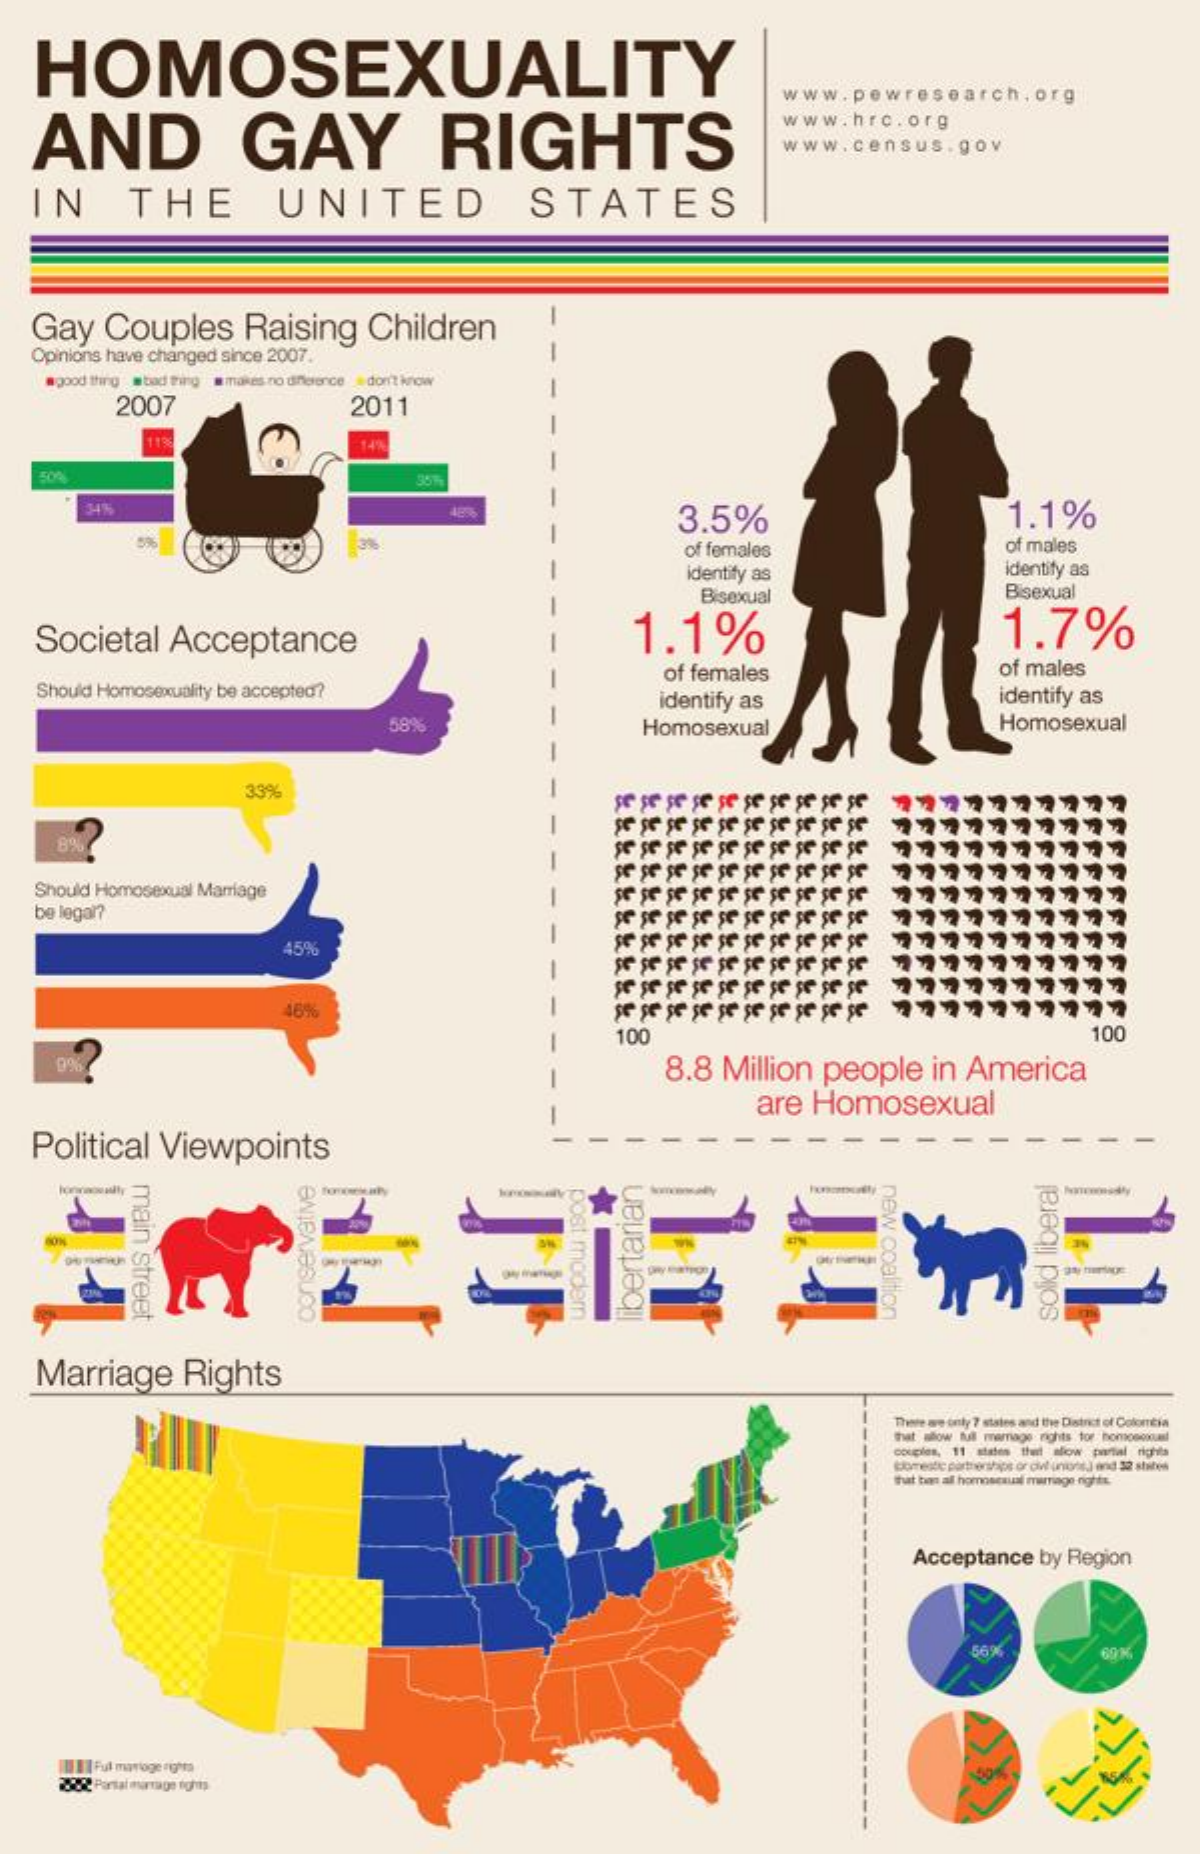
HOMOSEXUALITY
     www.pewresearch.    org
   AND    GAY    RIGHTS
     www.hrc.org
     www.census.gov
   IN    THE    UNITED    STATES
   Gay    Couples    Raising    Children
     -
     -
   Opinions have changed since 2007.
     good thing wbad thing a makes no difference . don't Wow -
     2007    2011
     -
     -
     -
     345
     3.5%    1.1%
     -
     3%    of females    of males
     -
     identify as    identify as
     Bisexual    Bisexual
     -
    Societal    Acceptance    1.1%    1.7%
     -
    Should Homosexuality be accepted?
     of females    of males -
     identify as    identify as
     -
     58%    Homosexual    Homosexual
     -
     -
     33%
     -
     je je je je je şe şe şe şe şe
     -
   Should Homosexual Marriage
     -
   be legal?
     45%
     -
     -
     -
     100    100 -
     8.8  Million  people    in  America -
     are Homosexual -
   Political   Viewpoints
     main
     street
     new
     coaltic eNie/veBUco moderr bertanian
     solid
     liberal
    Marriage    Rights
     There are only 7 states and the District of Coloncia
     that allow full ramage rights for homoocanal
     couples, 11 staten the slow portal rights
     domestic partnerships or dul unos) und 32 states
     that ben af homosexual marrage nights.
     Acceptance by Region
     56%    60 M